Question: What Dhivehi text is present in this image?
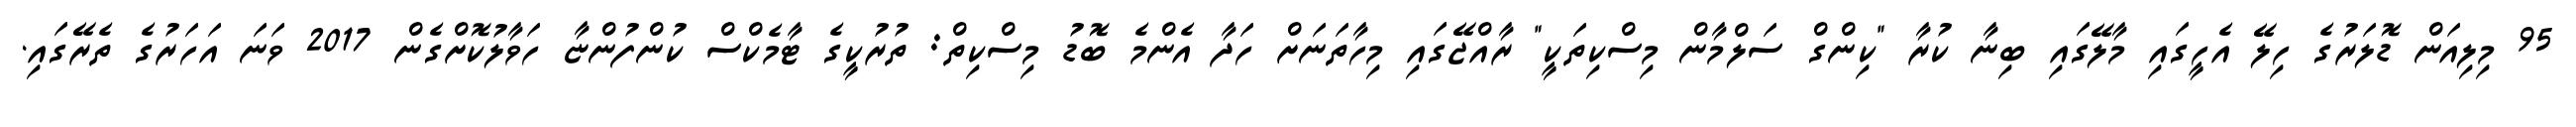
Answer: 95 މިލިއަން ޑޮލަރުގެ ހިލޭ އެހީގައި މާލޭގައި ބިނާ ކުރާ "ކިންގް ސަލްމާން މިސްކިތަކީ" ރާއްޖޭގައި މިހާތަނަށް ހަދާ އެންމެ ބޮޑު މިސްކިތް: ތުރުކީގެ ޓާމެކްސް ކުންފުންޏާ ހަވާލުކޮށްގެން 2017 ވަނަ އަހަރުގެ ތެރޭގައި.